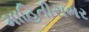
માહિતીસભર